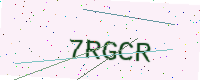
Text: 7RGCR